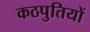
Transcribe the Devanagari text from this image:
कठपुतियों